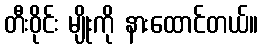
တီးဝိုင်း မျိုးကို နားထောင်တယ်။